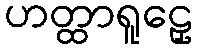
ဟတ္ထာရူဠှေ